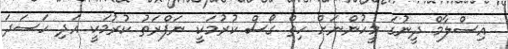
އިސްލާމް ދީނުގަ މީހުންނަށް ހިތް ގޯސް ކުރުމަކީ ނަފްރަތު ކުރުމަކީ އަދި ހަސަދަ